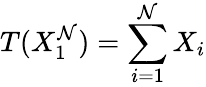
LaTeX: T(X_{1}^{\mathcal{N}})=\sum_{i=1}^{\mathcal{N}}X_{i}